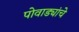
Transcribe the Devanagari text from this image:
पोवाड्यांचेे